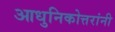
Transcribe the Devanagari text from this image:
आधुनिकोत्तरांनी